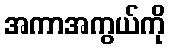
အကာအကွယ်ကို